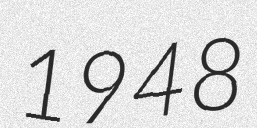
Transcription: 1948